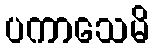
ပကာသေမိ